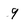
Character: 9